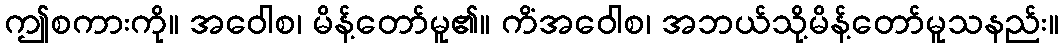
ဤစကားကို။ အဝေါစ၊ မိန့်တော်မူ၏။ ကိံအဝေါစ၊ အဘယ်သို့မိန့်တော်မူသနည်း။